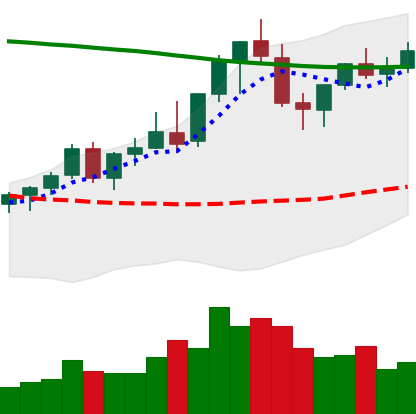
Ticker: EOS-USD
Chart end date: 2021-08-23
Forward return: -10.642%
Label: down_7plus